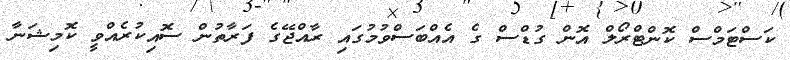
ކަސްޓަމްސް ކޮންޓްރޯލް އޮން ގުޑްސް ގެ އެއްބަސްވުމުގައި ރާއްޖޭގެ ފަރާތުން ސޮއިކުރެއްވީ ކޮމިޝަނާ